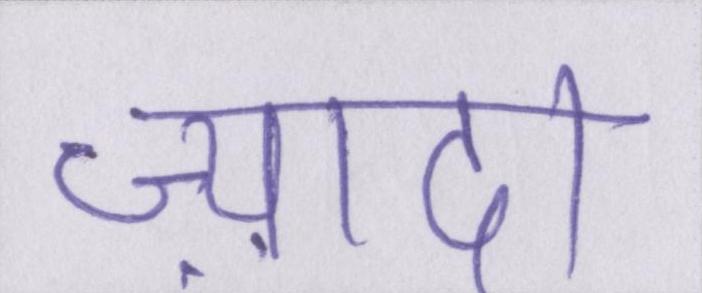
ज़्यादा